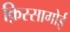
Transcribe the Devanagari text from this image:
क़िस्सागोई